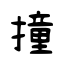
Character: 撞